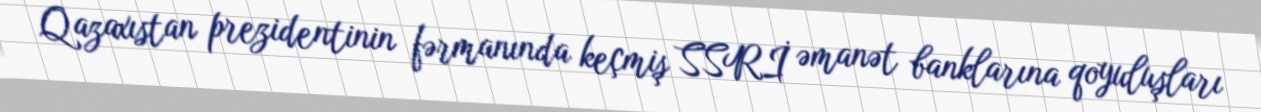
Qazaxıstan prezidentinin fərmanında keçmiş SSRİ əmanət banklarına qoyuluşları